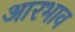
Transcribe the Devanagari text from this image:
आरभाव